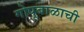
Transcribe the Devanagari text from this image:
गोपूबाळाची